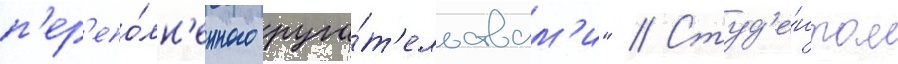
п'ер'епо́лн'енного руга́т'ельствам'и" // Студ'е́нтом